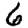
Digit: 6